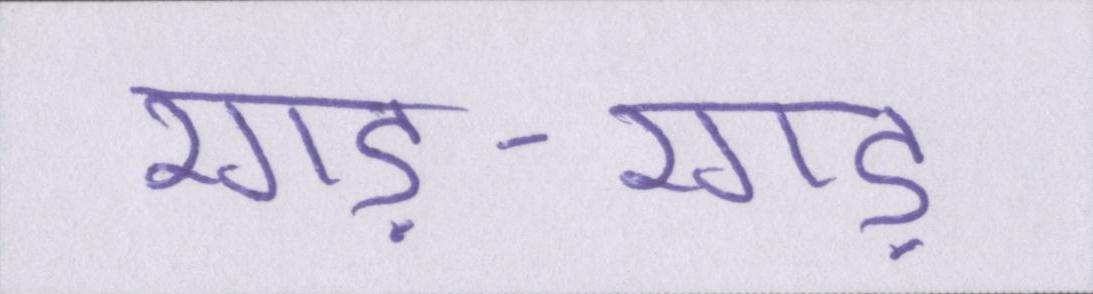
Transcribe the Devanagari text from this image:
रगड़-रगड़